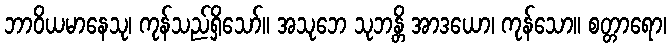
ဘာဝိယမာနေသု၊ ကုန်သည်ရှိသော်။ အသုဘေ သုဘန္တိ အာဒယော၊ ကုန်သော။ စတ္တာရော၊